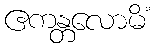
ဧကန္တလောမိံ